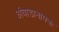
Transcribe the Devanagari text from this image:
अंबाडानामक